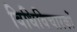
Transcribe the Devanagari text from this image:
विधिविचारकों